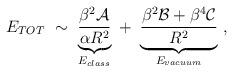
LaTeX: \begin{align*}E_{TOT}\ \sim \ \underbrace{\frac{\beta^2 {\cal A}}{\alpha R^2}}_{E_{class}}\ +\ \underbrace{\frac{\beta^2 {\cal B} +\beta^4 {\cal C}}{R^2}}_{E_{vacuum}}\ ,\end{align*}